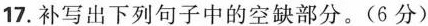
17.补写出下列句子中的空缺部分。(6分)